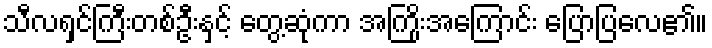
သီလရှင်ကြီးတစ်ဦးနှင့် တွေ့ဆုံကာ အကြိုးအကြောင်း ပြောပြလေ၏။